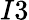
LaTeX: I3